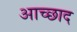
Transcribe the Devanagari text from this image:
आच्छाद